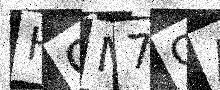
Text: HOM7CA